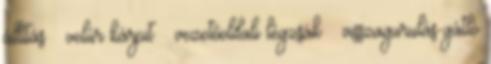
állítás – velúr kárpit – vezetőoldali légzsák – visszagurulás-gátló